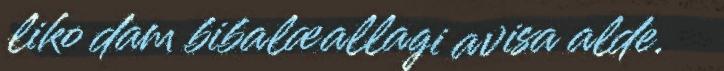
liko dam bibalæallagi avisa alde.